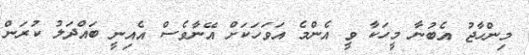
މިންހާޖު އެބުނާ މީހަކާ ވީ އެންމެ އަވަހަކަށް އޭނާވެސް އެއިނީ ބައްދަލު ކުރަން